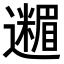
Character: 𮟟